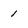
Character: 1